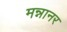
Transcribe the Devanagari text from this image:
मन्नानर